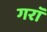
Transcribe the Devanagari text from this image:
गराॅ